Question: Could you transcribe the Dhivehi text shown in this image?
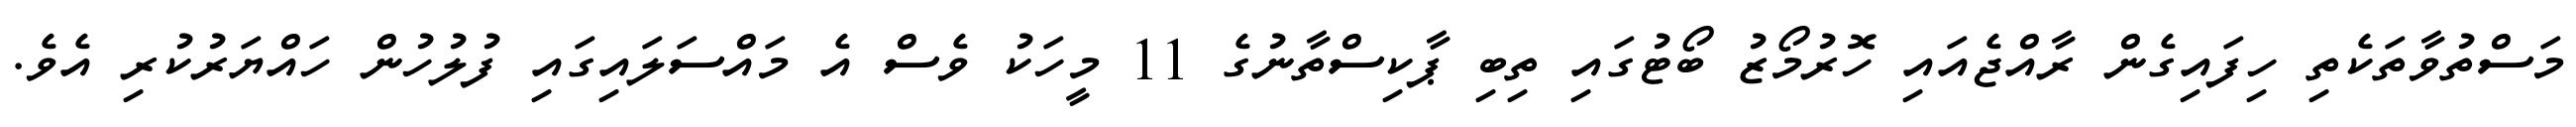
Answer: މަސްތުވާތަކެތި ހިފައިގެން ރާއްޖެއައި ހޮރުމޯޒު ބޯޓުގައި ތިބި ޕާކިސްތާނުގެ 11 މީހަކު ވެސް އެ މައްސަލައިގައި ފުލުހުން ހައްޔަރުކުރި އެވެ.